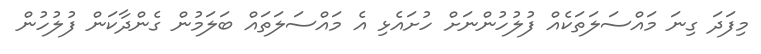
މިފަދަ ގިނަ މައްސަލަތަކެއް ފުލުހުންނަށް ހުށައެޅި އެ މައްސަލަތައް ބަލަމުން ގެންދާކަން ފުލުހުން